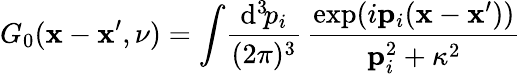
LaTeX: G_{0}({\mathbf x}-{\mathbf x}^{\prime},\nu)=\int\! \frac{\mathrm{d}^{3}\! p_{i}}{(2\pi)^{3}}\, \frac{\exp(i{\mathbf p}_{i}({\mathbf x}-{\mathbf x}^{\prime}))}{{\mathbf p}_{i}^{2}+\kappa^{2}}